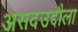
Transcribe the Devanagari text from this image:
असदउद्दौला